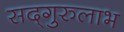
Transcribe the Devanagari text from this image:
सद्‌गुरुलाभ